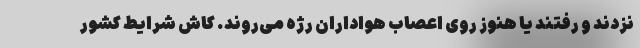
نزدند و رفتند یا هنوز روی اعصاب هواداران رژه می‌روند. کاش شرایط کشور